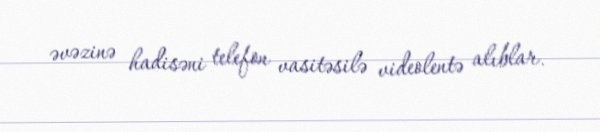
əvəzinə hadisəni telefon vasitəsilə videolentə alıblar.